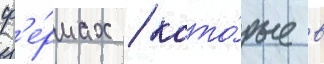
ф'е́рмах / кото́рые в